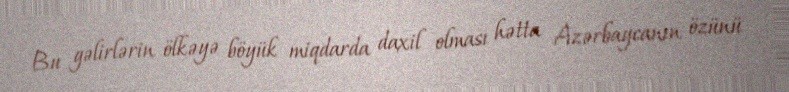
Bu gəlirlərin ölkəyə böyük miqdarda daxil olması hətta Azərbaycanın özünü